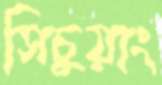
সিচুয়াং